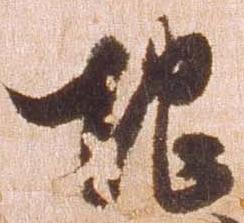
地